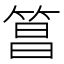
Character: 𬕑